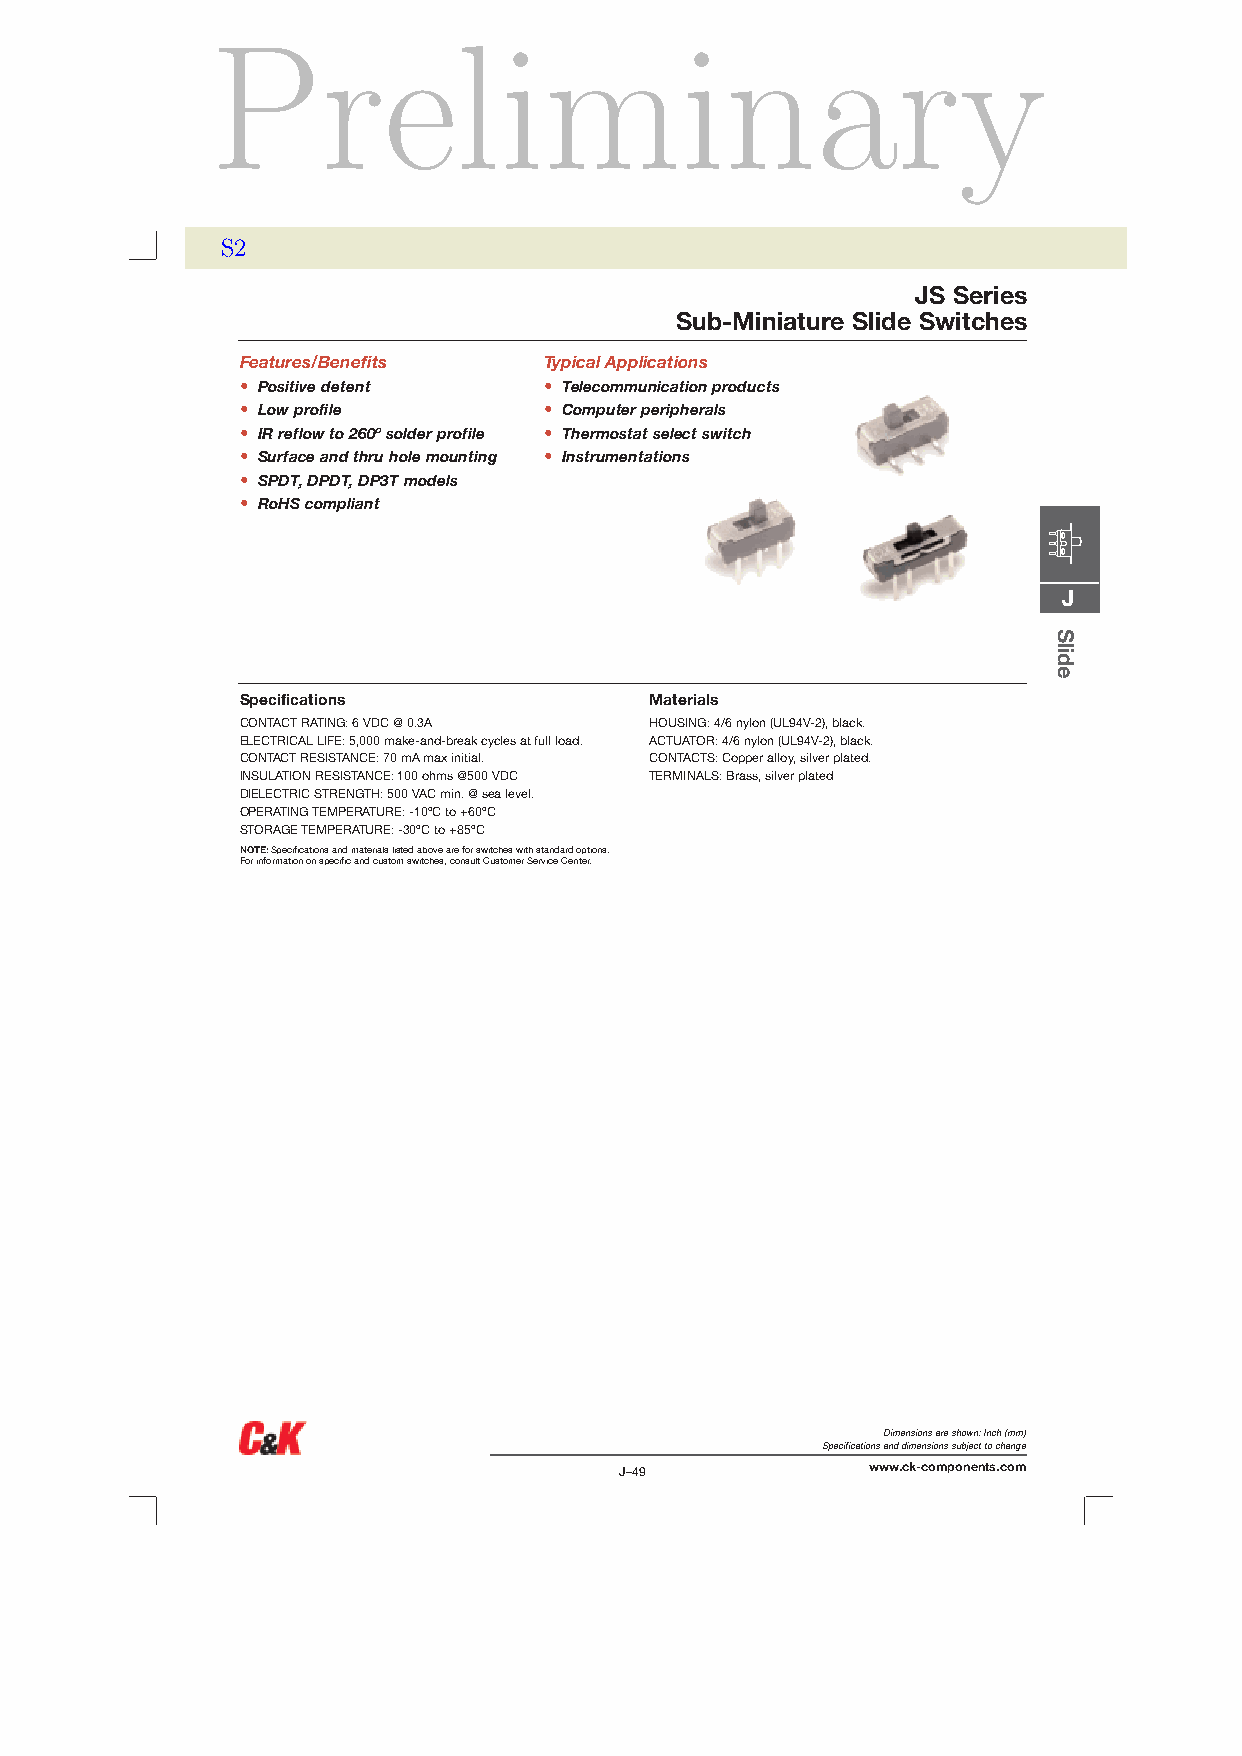
Preliminary
 S2
 JS Series
 Sub-Miniature Slide Switches
 Features/Benefits   Typical Applications
 • Positive detent   • Telecommunication products
 • Low profile       • Computer peripherals
 • IR reflow to 260º solder profile • Thermostat select switch
 • Surface and thru hole mounting • Instrumentations
 • SPDT, DPDT, DP3T models
 • RoHS compliant
 J
 Specifications             Materials
 CONTACT RATING: 6 VDC @ 0.3A HOUSING: 4/6 nylon (UL94V-2), black.
 ELECTRICAL LIFE: 5,000 make-and-break cycles at full load. ACTUATOR: 4/6 nylon (UL94V-2), black.
 CONTACT RESISTANCE: 70 mA max initial. CONTACTS: Copper alloy, silver plated.
 INSULATION RESISTANCE: 100 ohms @500 VDC TERMINALS: Brass, silver plated
 DIELECTRIC STRENGTH: 500 VAC min. @ sea level.
 OPERATING TEMPERATURE: -10ºC to +60ºC
 STORAGE TEMPERATURE: -30ºC to +85ºC
 NOTE:Specifications and materials listed above are for switches with standard options.
 For information on specific and custom switches, consult Customer Service Center.
 Dimensions are shown:Inch(mm)
 Specifications and dimensions subject to change
 J–49             www.ck-components.com
 Slide